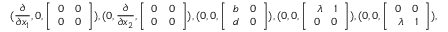
( \frac { \partial } { \partial x _ { 1 } } , 0 , \left[ \begin{array} { r } { 0 \ \ \ 0 } \\ { 0 \ \ \ 0 } \end{array} \right] ) , ( 0 , \frac { \partial } { \partial x _ { 2 } } , \left[ \begin{array} { r } { 0 \ \ \ 0 } \\ { 0 \ \ \ 0 } \end{array} \right] ) , ( 0 , 0 , \left[ \begin{array} { r } { b \ \ \ 0 } \\ { d \ \ \ 0 } \end{array} \right] ) , ( 0 , 0 , \left[ \begin{array} { r } { \lambda \ \ \ 1 } \\ { 0 \ \ \ 0 } \end{array} \right] ) , ( 0 , 0 , \left[ \begin{array} { r } { 0 \ \ \ 0 } \\ { \lambda \ \ \ 1 } \end{array} \right] ) ,